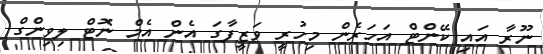
ނޫރާ އައި ކޭންޓް އަހަރެން މިހުރީ ވަޒީފާގަ އެން އެމް ނޮޓް ލިވިންގް